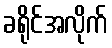
ခရိုင်အလိုက်